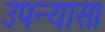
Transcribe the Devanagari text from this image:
उपन्‍यास।